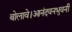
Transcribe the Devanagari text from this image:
बोलावे।आनंदवनभुवनी